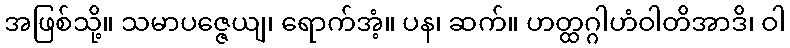
အဖြစ်သို့။ သမာပဇ္ဇေယျ၊ ရောက်အံ့။ ပန၊ ဆက်။ ဟတ္ထဂ္ဂါဟံဝါတိအာဒိ၊ ဝါ